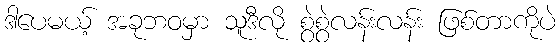
ဒါပေမယ့် အခုဘဝမှာ သူဒီလို စွဲစွဲလန်းလန်း ဖြစ်တာကိုပဲ